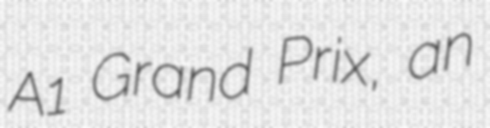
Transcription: A1 Grand Prix, an